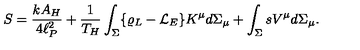
S = { \frac { k A _ { H } } { 4 \ell _ { P } ^ { 2 } } } + { \frac { 1 } { T _ { H } } } \int _ { \Sigma } \{ \varrho _ { L } - { \cal L } _ { E } \} K ^ { \mu } d \Sigma _ { \mu } + \int _ { \Sigma } s V ^ { \mu } d \Sigma _ { \mu } .